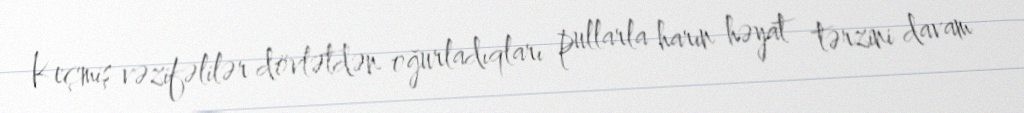
Keçmiş vəzifəlilər dövlətdən oğurladıqları pullarla harın həyat tərzini davam